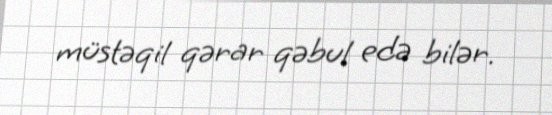
müstəqil qərar qəbul edə bilər.